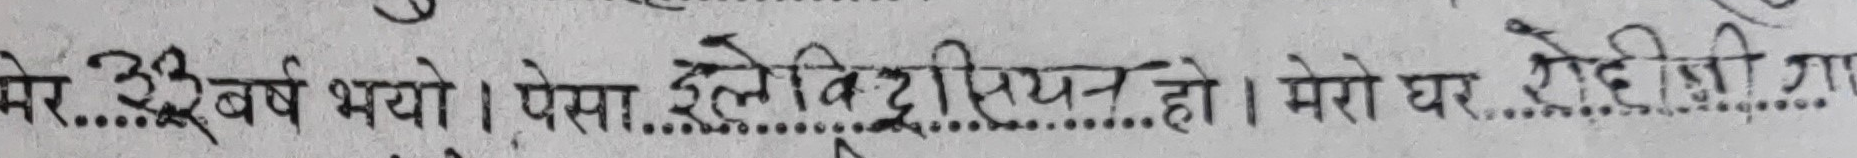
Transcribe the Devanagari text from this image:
मेरे ३० वर्ष भयो । पेसा इलेक्ट्रीशियन हो । मेरो घर खेदीजी गा